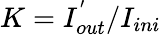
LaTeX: K={I}_{out}^{'}/{I}_{ini}